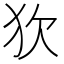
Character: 𤝆